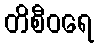
တိစီဝရေ